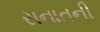
સનાતની